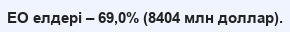
ЕО елдері – 69,0% (8404 млн доллар).